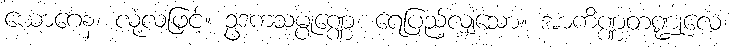
ယောဂေန၊ လုံ့လဖြင့်။ ဥဒကသမ္ပုဏ္ဏေ၊ ရေပြည့်လျှံသော။ အာကိဏ္ဏတဏ္ဍုလေ၊